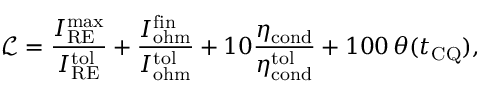
\mathcal { L } = \frac { I _ { \mathrm { R E } } ^ { \mathrm { m a x } } } { I _ { \mathrm { R E } } ^ { \mathrm { t o l } } } + \frac { I _ { \mathrm { o h m } } ^ { \mathrm { f i n } } } { I _ { \mathrm { o h m } } ^ { \mathrm { t o l } } } + 1 0 \frac { \eta _ { \mathrm { c o n d } } } { \eta _ { \mathrm { c o n d } } ^ { \mathrm { t o l } } } + 1 0 0 \, \theta ( t _ { \mathrm { C Q } } ) ,